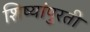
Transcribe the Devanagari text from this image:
शिष्यांपुरती